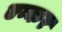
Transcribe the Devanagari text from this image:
एन्कर